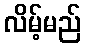
လိမ့်မည်